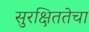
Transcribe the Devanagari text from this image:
सुरक्षिततेचा